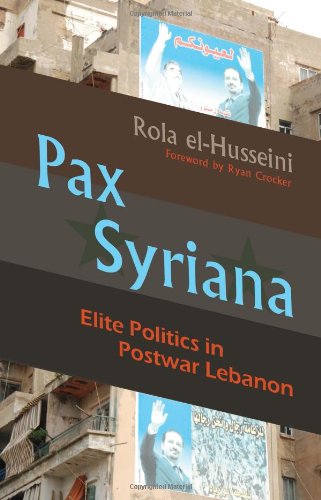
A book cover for Pax Syriana: Elite Politics in Postwar Lebanon (Modern Intellectual and Political History of the Middle East); Rola El-Husseini; History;